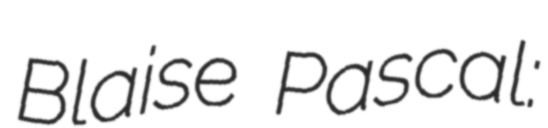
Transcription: Blaise Pascal: